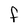
Character: F